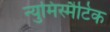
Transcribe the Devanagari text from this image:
न्युमिस्मैटिक